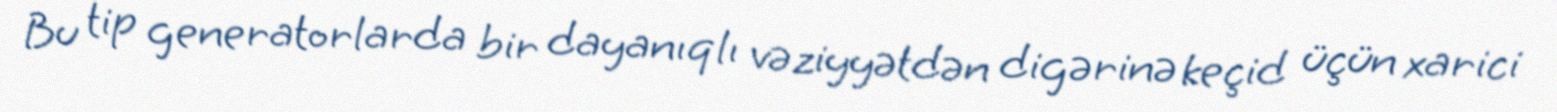
Bu tip generatorlarda bir dayanıqlı vəziyyətdən digərinə keçid üçün xarici